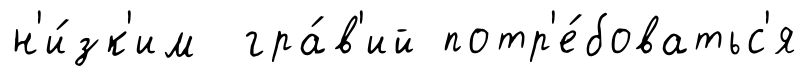
н'и́зк'им гра́в'ий потр'е́боватьс'я